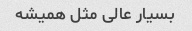
بسیار عالی مثل همیشه